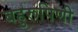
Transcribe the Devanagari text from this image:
बहुरूपिणी